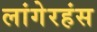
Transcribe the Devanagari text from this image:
लांगेरहंस